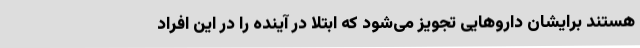
هستند برایشان داروهایی تجویز می‌شود که ابتلا در آینده را در این افراد